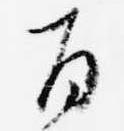
百